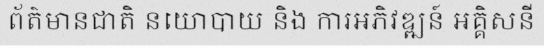
ព័ត៌មានជាតិ នយោបាយ និង ការអភិវឌ្ឍន៍ អគ្គិសនី